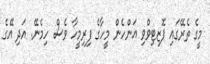
މީގެ ތެރޭގައި ޕޮޒިޓިވްވި އަންހެން މީހާގެ ފިރިމީހާ ވެސް ހިމެނޭ. އަދި އޭގެ